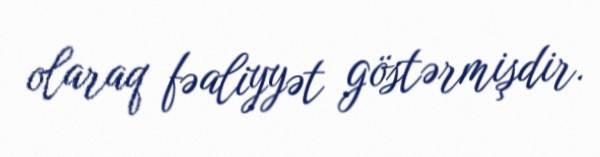
olaraq fəaliyyət göstərmişdir.